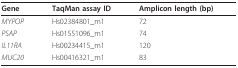
<table><thead><tr><td><b>Gene</b></td><td><b>TaqMan assay ID</b></td><td><b>Amplicon length (bp)</b></td></tr></thead><tbody><tr><td><i>MYPOP</i></td><td>Hs02384801_m1</td><td>72</td></tr><tr><td><i>PSAP</i></td><td>Hs01551096_m1</td><td>74</td></tr><tr><td><i>IL11RA</i></td><td>Hs00234415_m1</td><td>120</td></tr><tr><td><i>MUC20</i></td><td>Hs00416321_m1</td><td>83</td></tr></tbody></table>